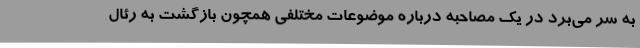
به سر می‌برد در یک مصاحبه درباره موضوعات مختلفی همچون بازگشت به رئال